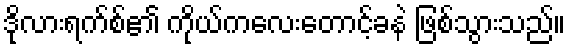
ဒိုလားရက်စ်၏ ကိုယ်ကလေးတောင့်ခနဲ ဖြစ်သွားသည်။